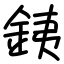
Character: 銕